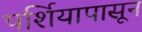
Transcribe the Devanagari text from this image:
पर्शियापासून